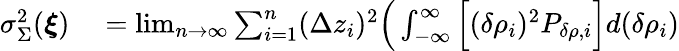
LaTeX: \begin{array}{rl}{\sigma_{\Sigma}^{2}(\boldsymbol{\xi})}&{{}=\operatorname*{lim}_{n\to\infty}\sum_{i=1}^{n}(\Delta z_{i})^{2}\Big(\int_{-\infty}^{\infty}\Big[(\delta\rho_{i})^{2}P_{\delta\rho,i}\Big]d(\delta\rho_{i})}\end{array}